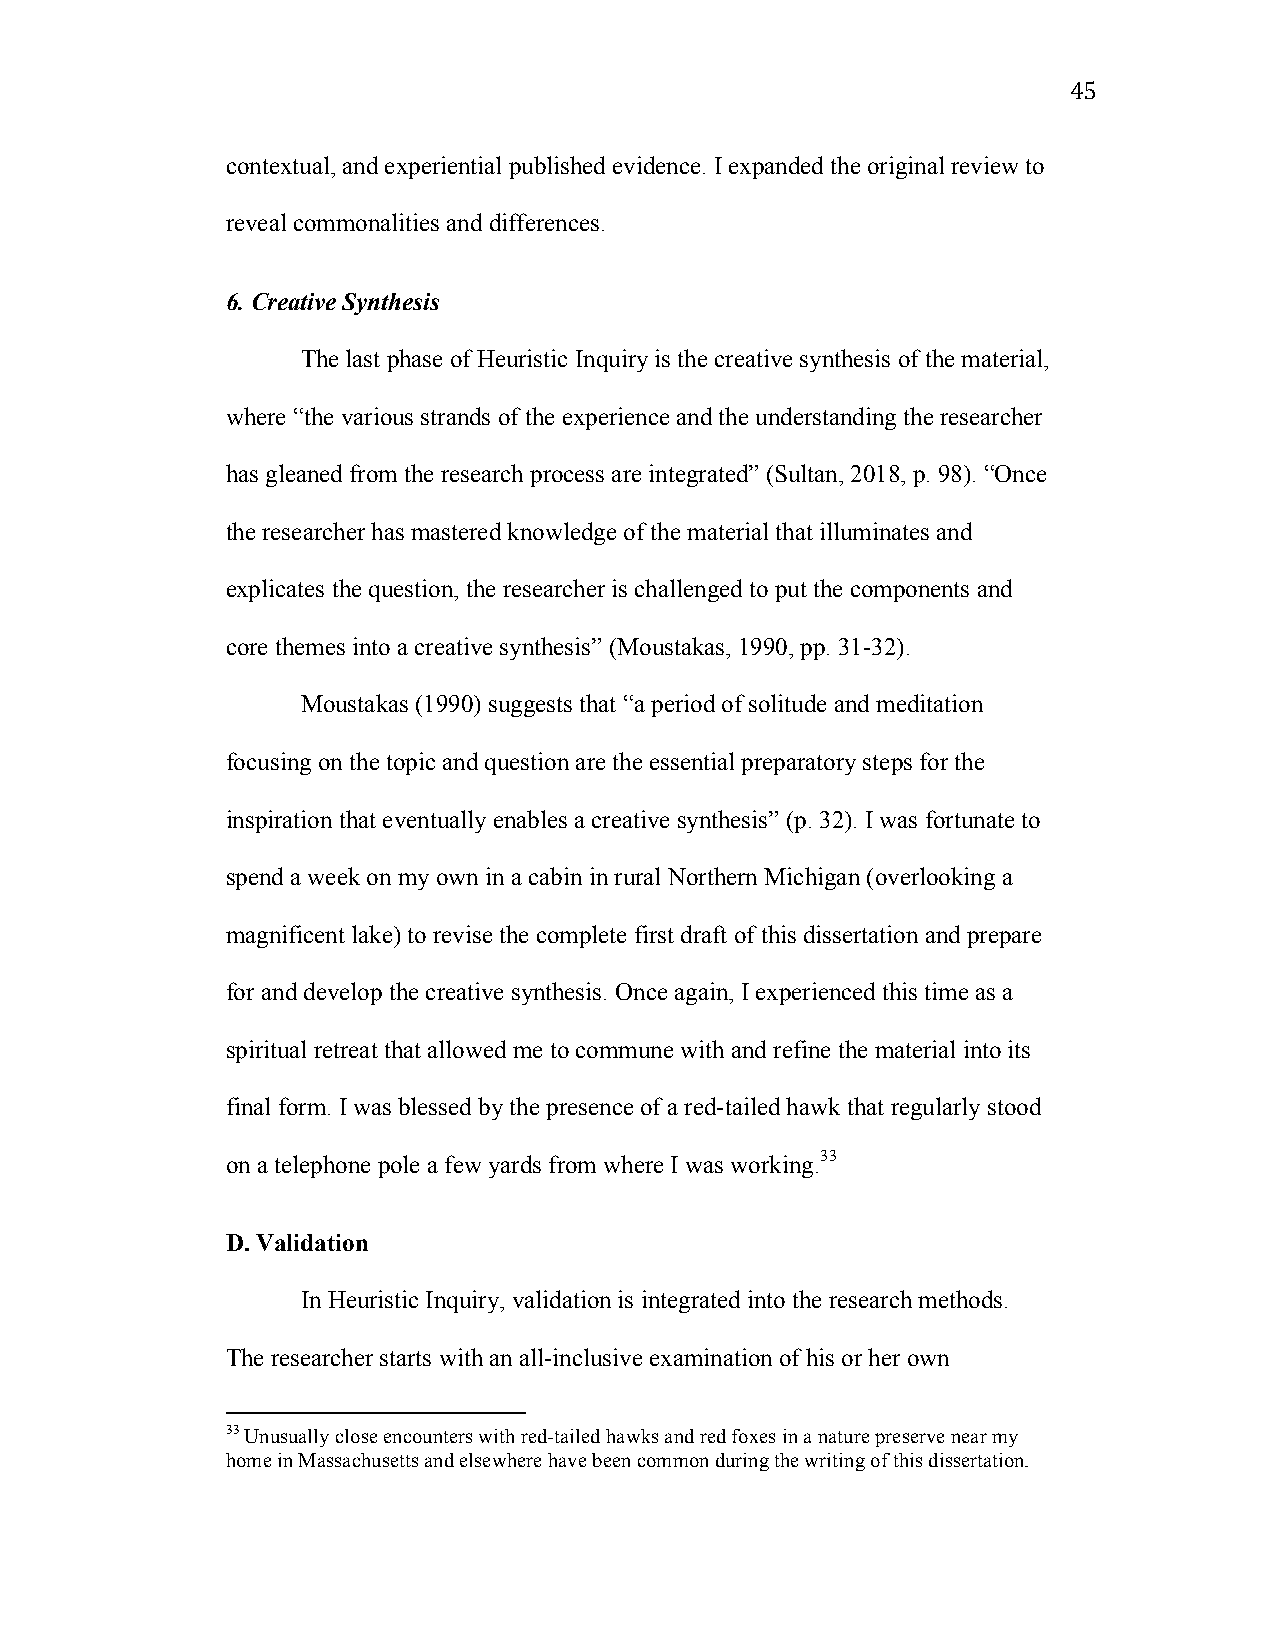
45
 contextual, and experiential published evidence. I expanded the original review to
 reveal commonalities and differences.
 6. Creative Synthesis
 The last phase of Heuristic Inquiry is the creative synthesis of the material,
 where “the various strands of the experience and the understanding the researcher
 has gleaned from the research process are integrated” (Sultan, 2018, p. 98). “Once
 the researcher has mastered knowledge of the material that illuminates and
 explicates the question, the researcher is challenged to put the components and
 core themes into a creative synthesis” (Moustakas, 1990, pp. 31-32).
 Moustakas (1990) suggests that “a period of solitude and meditation
 focusing on the topic and question are the essential preparatory steps for the
 inspiration that eventually enables a creative synthesis” (p. 32). I was fortunate to
 spend a week on my own in a cabin in rural Northern Michigan (overlooking a
 magnificent lake) to revise the complete first draft of this dissertation and prepare
 for and develop the creative synthesis. Once again, I experienced this time as a
 spiritual retreat that allowed me to commune with and refine the material into its
 final form. I was blessed by the presence of a red-tailed hawk that regularly stood
 on a telephone pole a few yards from where I was working.33
 D. Validation
 In Heuristic Inquiry, validation is integrated into the research methods.
 The researcher starts with an all-inclusive examination of his or her own
 33 Unusually close encounters with red-tailed hawks and red foxes in a nature preserve near my
 home in Massachusetts and elsewhere have been common during the writing of this dissertation.